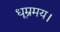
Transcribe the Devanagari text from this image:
धूम्रमय।